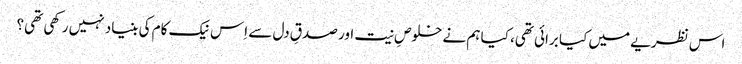
اس نظریے میں کیا برائی تھی، کیا ہم نے خلوصِ نیت اور صدقِ دل سے اِس نیک کام کی بنیاد نہیں رکھی تھی؟